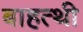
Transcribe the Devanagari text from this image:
बाहत्थी